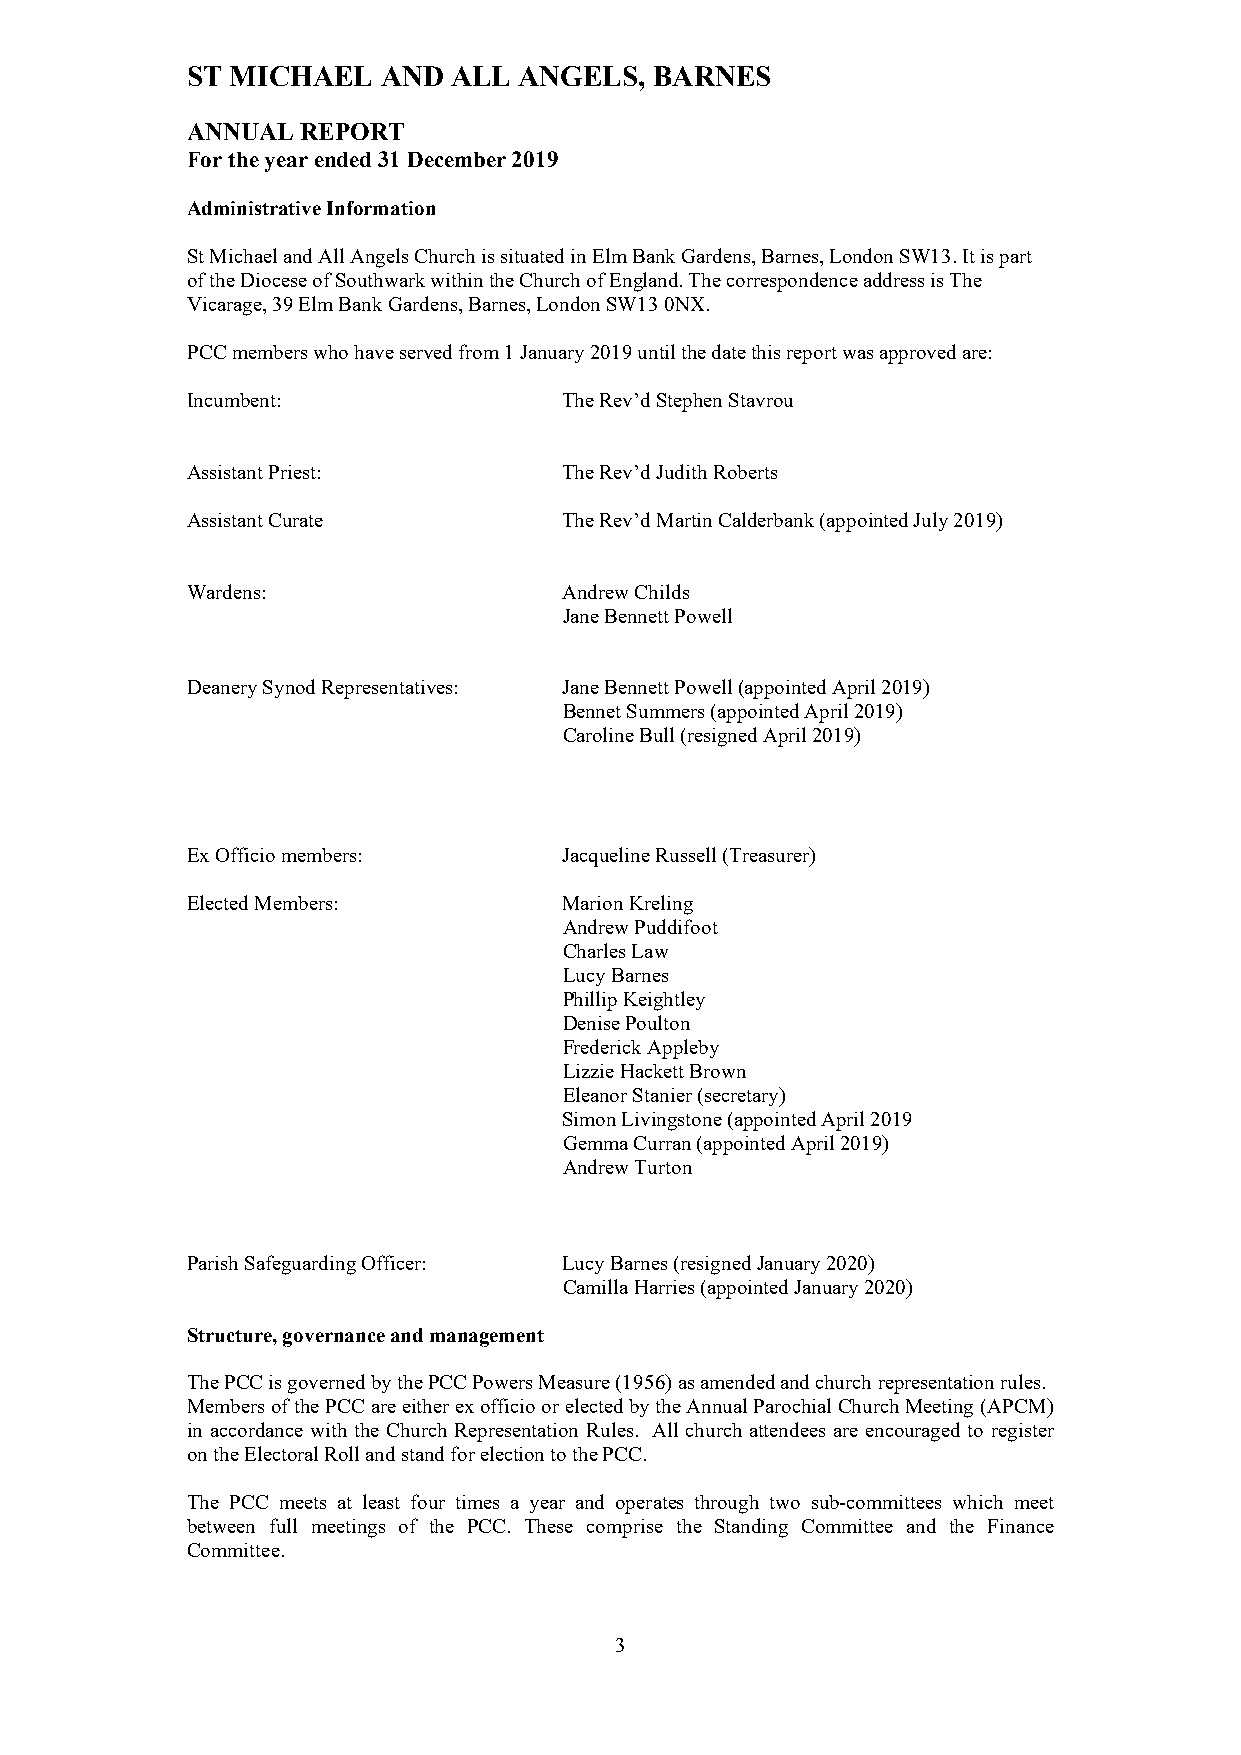
ST MICHAEL   AND  ALL ANGELS,  BARNES
 ANNUAL  REPORT
 For the year ended 31 December 2019
 Administrative Information
 St Michael and All Angels Church is situated in Elm Bank Gardens, Barnes, London SW13. It is part
 of the Diocese of Southwark within the Church of England. The correspondence address is The
 Vicarage, 39 Elm Bank Gardens, Barnes, London SW13 0NX.
 PCC members who have served from 1 January 2019 until the date this report was approved are:
 Incumbent:               The Rev’d Stephen Stavrou
 Assistant Priest:        The Rev’d Judith Roberts
 Assistant Curate         The Rev’d Martin Calderbank (appointed July 2019)
 Wardens:                 Andrew Childs
 Jane Bennett Powell
 Deanery Synod Representatives: Jane Bennett Powell (appointed April 2019)
 Bennet Summers (appointed April 2019)
 Caroline Bull (resigned April 2019)
 Ex Officio members:      Jacqueline Russell (Treasurer)
 Elected Members:         Marion Kreling
 Andrew Puddifoot
 Charles Law
 Lucy Barnes
 Phillip Keightley
 Denise Poulton
 Frederick Appleby
 Lizzie Hackett Brown
 Eleanor Stanier (secretary)
 Simon Livingstone (appointed April 2019
 Gemma Curran (appointed April 2019)
 Andrew Turton
 Parish Safeguarding Officer: Lucy Barnes (resigned January 2020)
 Camilla Harries (appointed January 2020)
 Structure, governance and management
 The PCC is governed by the PCC Powers Measure (1956) as amended and church representation rules.
 Members of the PCC are either ex officio or elected by the Annual Parochial Church Meeting (APCM)
 in accordance with the Church Representation Rules. All church attendees are encouraged to register
 on the Electoral Roll and stand for election to the PCC.
 The PCC meets at least four times a year and operates through two sub-committees which meet
 between full meetings of the PCC. These comprise the Standing Committee and the Finance
 Committee.
 3